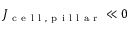
J _ { \mathrm { ~ c ~ e ~ l ~ l ~ , ~ p ~ i ~ l ~ l ~ a ~ r ~ } } \ll 0